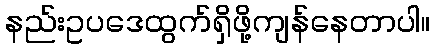
နည်းဥပဒေထွက်ရှိဖို့ကျန်နေတာပါ။